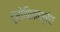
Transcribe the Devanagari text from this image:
द्रोणिकाभ्रंश